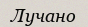
Лучано